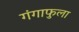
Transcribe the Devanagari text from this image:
गंगाफुला